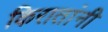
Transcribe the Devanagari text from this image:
किरातांनी